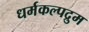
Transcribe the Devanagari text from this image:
धर्मकल्पद्रुम